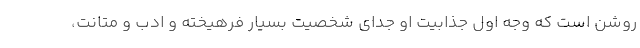
روشن است که وجه اول جذابیت او جدای شخصیت بسیار فرهیخته و ادب و متانت،